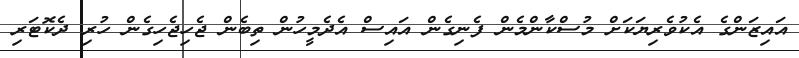
އައިޒަންގެ އެކުވެރިޔަކަށް މުސްކާންމެން ފެނިގެން އައިސް އެދެމީހުން ތިބެން ޖެހިޖެހިގެން ހުރި ދެކޮޓަރި